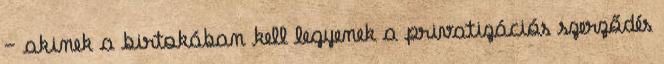
– akinek a birtokában kell legyenek a privatizációs szerződés